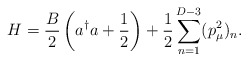
\begin{align*}H=\frac{B}{2}\left( a^\dag a +\frac{1}{2}\right) +\frac{1}2\sum_{n=1}^{D-3}(p_\mu^2)_n. \end{align*}